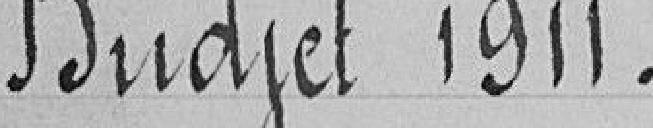
Budget 1911